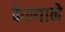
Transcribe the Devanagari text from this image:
केन्याने